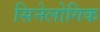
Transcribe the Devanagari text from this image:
सिनेलोगिक